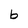
Character: b